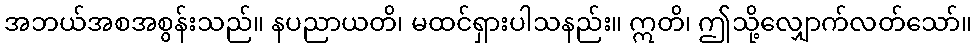
အဘယ်အစအစွန်းသည်။ နပညာယတိ၊ မထင်ရှားပါသနည်း။ ဣတိ၊ ဤသို့လျှောက်လတ်သော်။